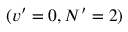
( v ^ { \prime } = 0 , N ^ { \prime } = 2 )